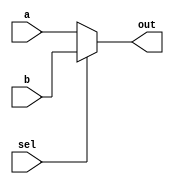
`ifndef _h_mux16_
`define _h_mux16_

`timescale 1ns / 1ps
//////////////////////////////////////////////////////////////////////////////////
// Company: 
// Engineer: 
// 
// Design Name: 
// Module Name:    hMux16 
// Project Name: 
// Target Devices: 
// Tool versions: 
// Description: 
//
// Dependencies: 
//
// Revision: 
// Revision 0.01 - File Created
// Additional Comments: 
//
//////////////////////////////////////////////////////////////////////////////////
module hMux16(
    input [15:0] a,
    input [15:0] b,
    input sel,
    output [15:0] out
    );
	
	assign out = sel ? b : a;

endmodule

`endif